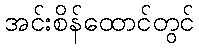
အင်းစိန်ထောင်တွင်